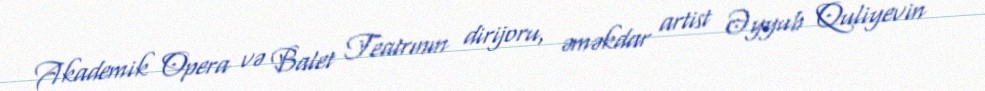
Akademik Opera və Balet Teatrının dirijoru, əməkdar artist Əyyub Quliyevin